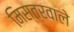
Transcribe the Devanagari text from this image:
मिस्त्रवाले